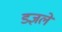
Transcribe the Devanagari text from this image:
डज्ञलें